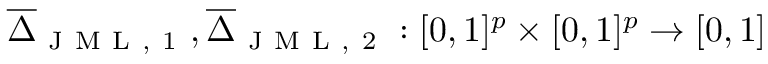
\overline { { \Delta } } _ { \mathrm { ~ J ~ M ~ L ~ , ~ 1 ~ } } , \overline { { \Delta } } _ { \mathrm { ~ J ~ M ~ L ~ , ~ 2 ~ } } : [ 0 , 1 ] ^ { p } \times [ 0 , 1 ] ^ { p } \rightarrow [ 0 , 1 ]